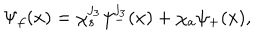
\Psi _ { f } ( { x } ) = \chi _ { s } ^ { j _ { 3 } } \psi _ { - } ^ { j _ { 3 } } ( { x } ) + \chi _ { a } \psi _ { + } ( { x } ) ,